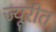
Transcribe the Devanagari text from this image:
ज्यूरीत